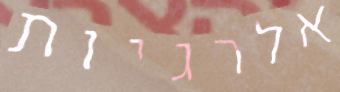
אלרגיות